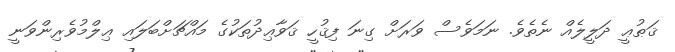
ޤަޠުޢީ ދަލީލެއް ނެތެވެ. ނަމަވެސް ވަރަށް ގިނަ ފިޤުހީ ޤަވާޢިދުތަކުގެ މައްޗަށްބަލައި ޢިލްމުވެރިންވަނީ